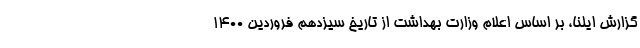
گزارش ایلنا، بر اساس اعلام وزارت بهداشت از تاریخ سیزدهم فروردین ۱۴۰۰